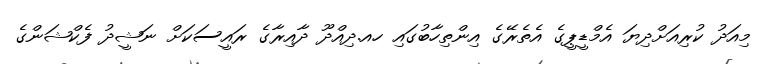
މިއަދު ކުރިއަށްދިޔަ އެމްޑީޕީގެ އެތެރޭގެ އިންތިހާބުގައި ހއ.ދިއްދޫ ދާއިރާގެ ރައީސަކަށް ނަޝީދު ފެކްޝަންގެ